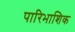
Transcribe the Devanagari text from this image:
पारिभाशिक